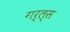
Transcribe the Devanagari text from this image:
गर्ल्‍स